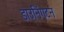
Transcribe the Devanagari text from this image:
डाउनिंगटन